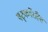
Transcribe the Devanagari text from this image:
षट्‍कर्मेरहित